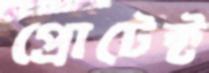
প্রোটেক্ট